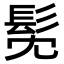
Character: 髧